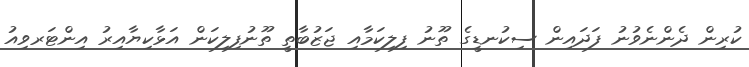
ކުރިން ދެންނެވުނު ފަދައިން ސިކުނޑީގެ ތޫނު ފިލިކަމާއި ޖަޒުބާތީ ތޫނުފިލިކަން އަޅާކިޔާއިރު އިންޓަރވިއު